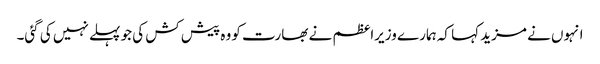
انہوں نے مزید کہا کہ ہمارے وزیراعظم نے بھارت کو وہ پیش کش کی جو پہلے نہیں کی گئی۔